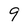
Character: 9